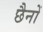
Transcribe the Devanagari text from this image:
छैनों